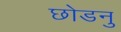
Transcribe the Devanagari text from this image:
छोडनु